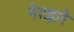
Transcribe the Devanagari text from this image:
नेटद्वारे